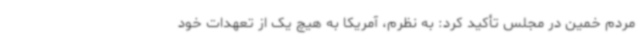
مردم خمین در مجلس تأکید کرد: به نظرم، آمریکا به هیچ یک از تعهدات خود